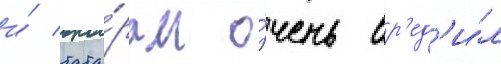
и́ тата́рам о́чень вр'ед'и́л